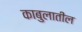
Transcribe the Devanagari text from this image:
काबुलातील